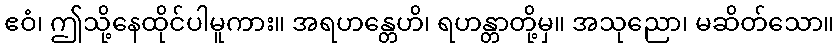
ဧဝံ၊ ဤသို့နေထိုင်ပါမူကား။ အရဟန္တေဟိ၊ ရဟန္တာတို့မှ။ အသုညော၊ မဆိတ်သော။